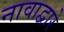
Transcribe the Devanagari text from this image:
नावाद्वारे